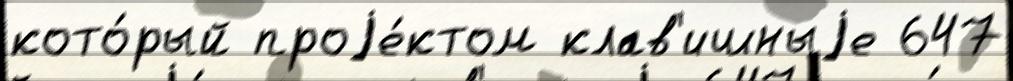
кото́рый проjе́ктом клав'ишныjе 647